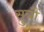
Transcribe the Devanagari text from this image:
सुत्रौं